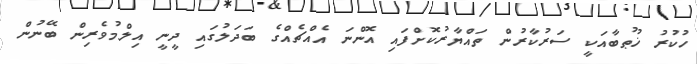
ހުކުރު ޚުޠުބާއަކީ ސަރުކާރުން ތައްޔާރުކޮށްފައި އޮންނަ އެއްޗެއްގެ ބަދަލުގައި ދީނީ އިލްމުވެރިން ބޭނުން